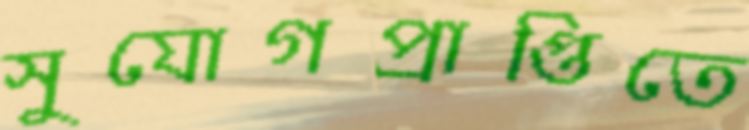
সুযোগপ্রাপ্তিতে